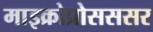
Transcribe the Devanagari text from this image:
माइक्रोप्रोसससर